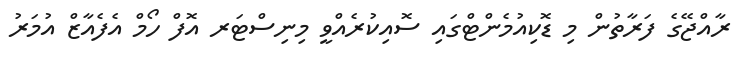
ރާއްޖޭގެ ފަރާތުން މި ޑޮކިއުމެންޓްގައި ސޮއިކުރެއްވީ މިނިސްޓަރ އޮފް ހޯމް އެފެއާޒް އުމަރު